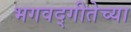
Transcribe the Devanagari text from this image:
भगवद्‌गीतेच्या